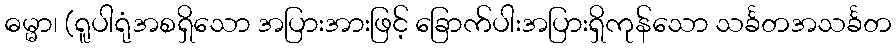
ဓမ္မာ၊ (ရူပါရုံအစရှိသော အပြားအားဖြင့် ခြောက်ပါးအပြားရှိကုန်သော သင်္ခတအသင်္ခတ